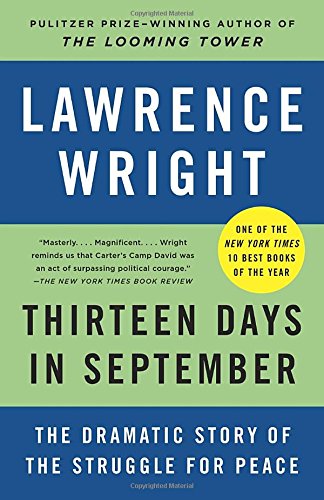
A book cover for Thirteen Days in September: The Dramatic Story of the Struggle for Peace; Lawrence Wright; History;